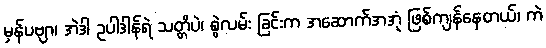
မှန်ပဗျာ၊ အဲဒါ ဥပါဒါန်ရဲ သတ္တိပဲ၊ စွဲလမ်း ခြင်းက အဆောက်အအုံ ဖြစ်ကျန်နေတယ်၊ ကဲ